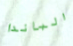
الباندا